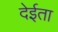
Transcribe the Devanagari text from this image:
देईता